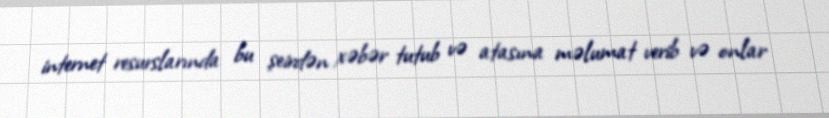
internet resurslarında bu şeirdən xəbər tutub və atasına məlumat verib və onlar